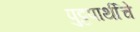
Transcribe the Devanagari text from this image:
पुट्टपार्थीचे